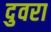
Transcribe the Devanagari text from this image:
दुवरा